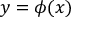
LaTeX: y = \phi ( x )